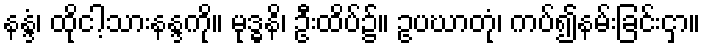
နန္ဒံ၊ ထိုငါ့သားနန္ဒကို။ မုဒ္ဓနိ၊ ဦးထိပ်၌။ ဥပဃာတုံ၊ ကပ်၍နမ်းခြင်းငှာ။